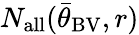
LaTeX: N_{\mathrm{all}}({\bar{\theta}}_{\mathrm{BV}},r)